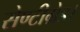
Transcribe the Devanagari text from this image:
सेण्टीग्रेड।